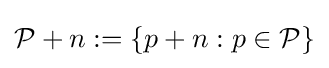
{\mathcal {P}}+n:=\{p+n:p\in {\mathcal {P}}\}